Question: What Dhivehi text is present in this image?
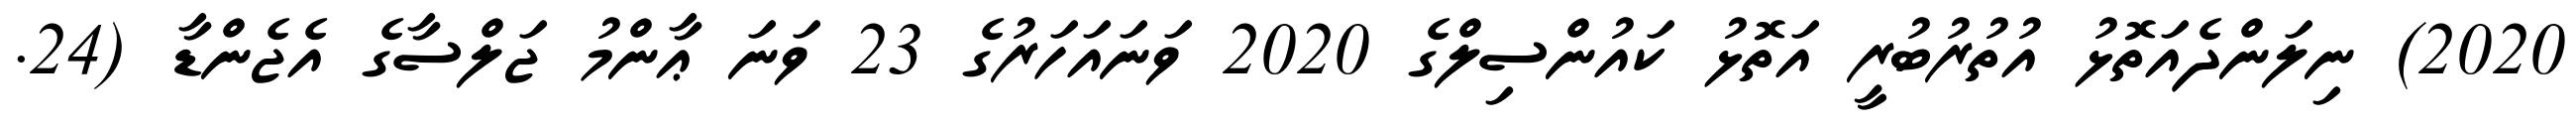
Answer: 2020) ނިލަންދެއަތޮޅު އުތުރުބުރީ އަތޮޅު ކައުންސިލްގެ 2020 ވަނައަހަރުގެ 23 ވަނަ ޢާންމު ޖަލްސާގެ އެޖެންޑާ (24.